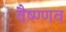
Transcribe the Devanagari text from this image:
वैष्ण्णव